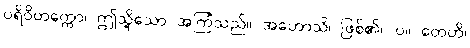
ပရိဝိတက္ကော၊ ဤသို့သော အကြံသည်။ အဟောသိ၊ ဖြစ်၏။ ပ။ တေဟိ၊